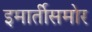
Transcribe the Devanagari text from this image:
इमार्तीसमोर